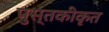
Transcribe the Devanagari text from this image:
पुस्तकीकृत